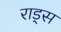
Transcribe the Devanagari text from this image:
राड्स